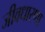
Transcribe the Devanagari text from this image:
जीवधारणा